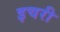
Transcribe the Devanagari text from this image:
इचरी